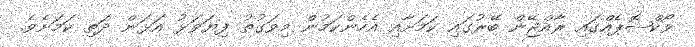
ވޯކްޝޮޕެއްގައި ރާއްޖޭން ބޭރުގައި ކަަމަށާއި އެހެންކަމުން މިވަގުތު ފިޔަވަޅު އަޅަން ދަތި ކަމަށެވެ.